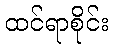
ထင်ရာစိုင်း